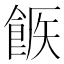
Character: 𩛫